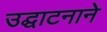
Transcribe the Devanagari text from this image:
उद्घाटनाने